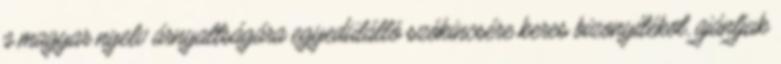
a magyar nyelv árnyaltságára egyedülálló szókincsére keres bizonyítékot, ajánljuk